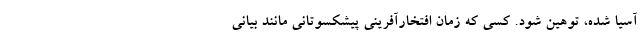
آسیا شده، توهین شود. کسی که زمان افتخارآفرینی پیشکسوتانی مانند بیانی